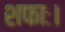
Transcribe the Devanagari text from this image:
शफाः।